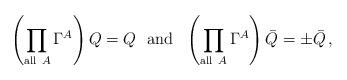
LaTeX: \begin{align*}\left(\prod_{{\rm all \ } A} \Gamma^A \right) Q = Q \ \ {\rm and} \ \ \left(\prod_{{\rm all \ } A} \Gamma^A \right) \bar Q = \pm \bar Q \, ,\end{align*}